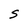
Character: S